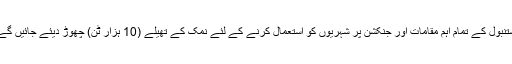
استنبول کے تمام اہم مقامات اور جنکشن پر شہریوں کو استعمال کرنے کے لئے نمک کے تھیلے (10 ہزار ٹن) چھوڑ دیئے جائیں گے۔